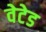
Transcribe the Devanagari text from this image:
वेटेड